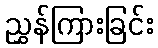
ညွှန်ကြားခြင်း